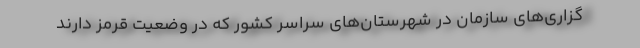
گزاری‌های سازمان در شهرستان‌های سراسر کشور که در وضعیت قرمز دارند